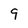
Character: 9